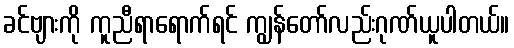
ခင်ဗျားကို ကူညီရာရောက်ရင် ကျွန်တော်လည်းဂုဏ်ယူပါတယ်။